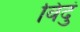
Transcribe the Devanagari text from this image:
विदुं